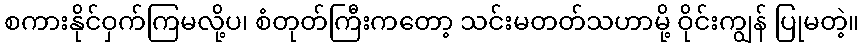
စကားနိုင်ဝှက်ကြမလို့ပ၊ စံတုတ်ကြီးကတော့ သင်းမတတ်သဟာမို့ ဝိုင်းကျွန် ပြုမတဲ့။